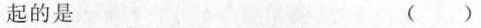
起的是 ( )